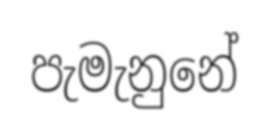
පැමැනුනේ